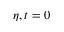
\eta , t = 0